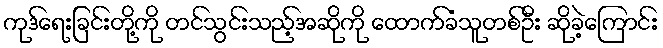
ကုဒ်ရေးခြင်းတို့ကို တင်သွင်းသည့်အဆိုကို ထောက်ခံသူတစ်ဦး ဆိုခဲ့ကြောင်း